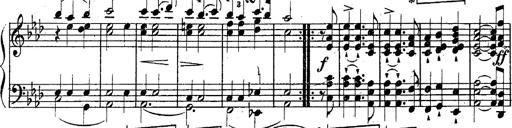
Title: Schubert's Impromptus [revised and edited by Franz Liszt]
Composer: Franz Liszt